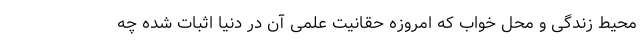
محیط زندگی و محل خواب که امروزه حقانیت علمی آن در دنیا اثبات شده چه